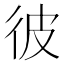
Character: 彼